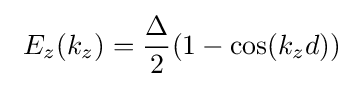
\ E_{z}(k_{z})={\frac {\Delta }{2}}(1-\cos(k_{z}d))